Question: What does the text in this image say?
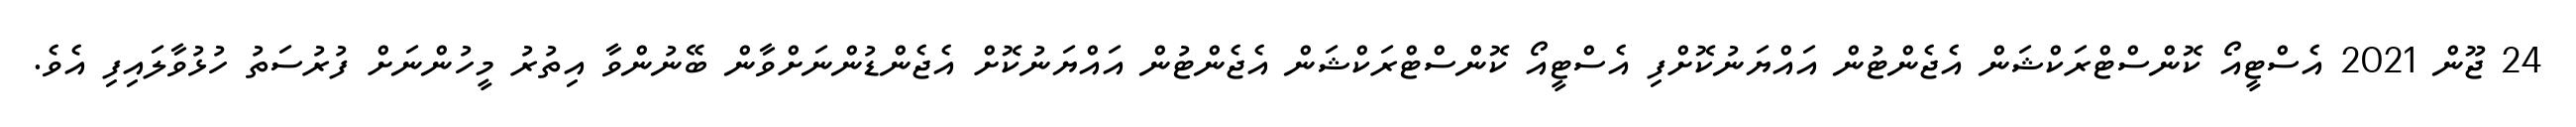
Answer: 24 ޖޫން 2021 އެސްޓީއޯ ކޮންސްޓްރަކްޝަން އެޖެންޓުން އައްޔަނުކޮށްފި އެސްޓީއޯ ކޮންސްޓްރަކްޝަން އެޖެންޓުން އައްޔަނުކޮށް އެޖެންޑުންނަށްވާން ބޭނުންވާ އިތުރު މީހުންނަށް ފުރުސަތު ހުޅުވާލައިފި އެވެ.